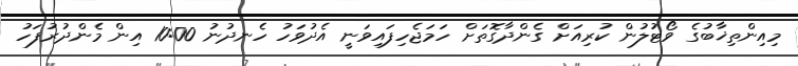
މިއިންތިޚާބުގެ ވޯޓުލުން ކުރިއަށް ގެންދާގޮތަށް ހަމަޖެހިފައިވަނީ އެދުވަހު ހެނދުނު 10:00 އިން މެންދުރުފަހު